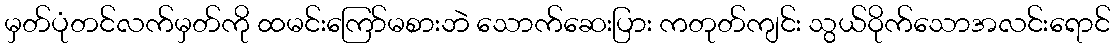
မှတ်ပုံတင်လက်မှတ်ကို ထမင်းကြော်မစားဘဲ သောက်ဆေးပြား ကတုတ်ကျင်း သွယ်ဝိုက်သောအလင်းရောင်